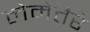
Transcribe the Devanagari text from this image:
लेमेतैरे